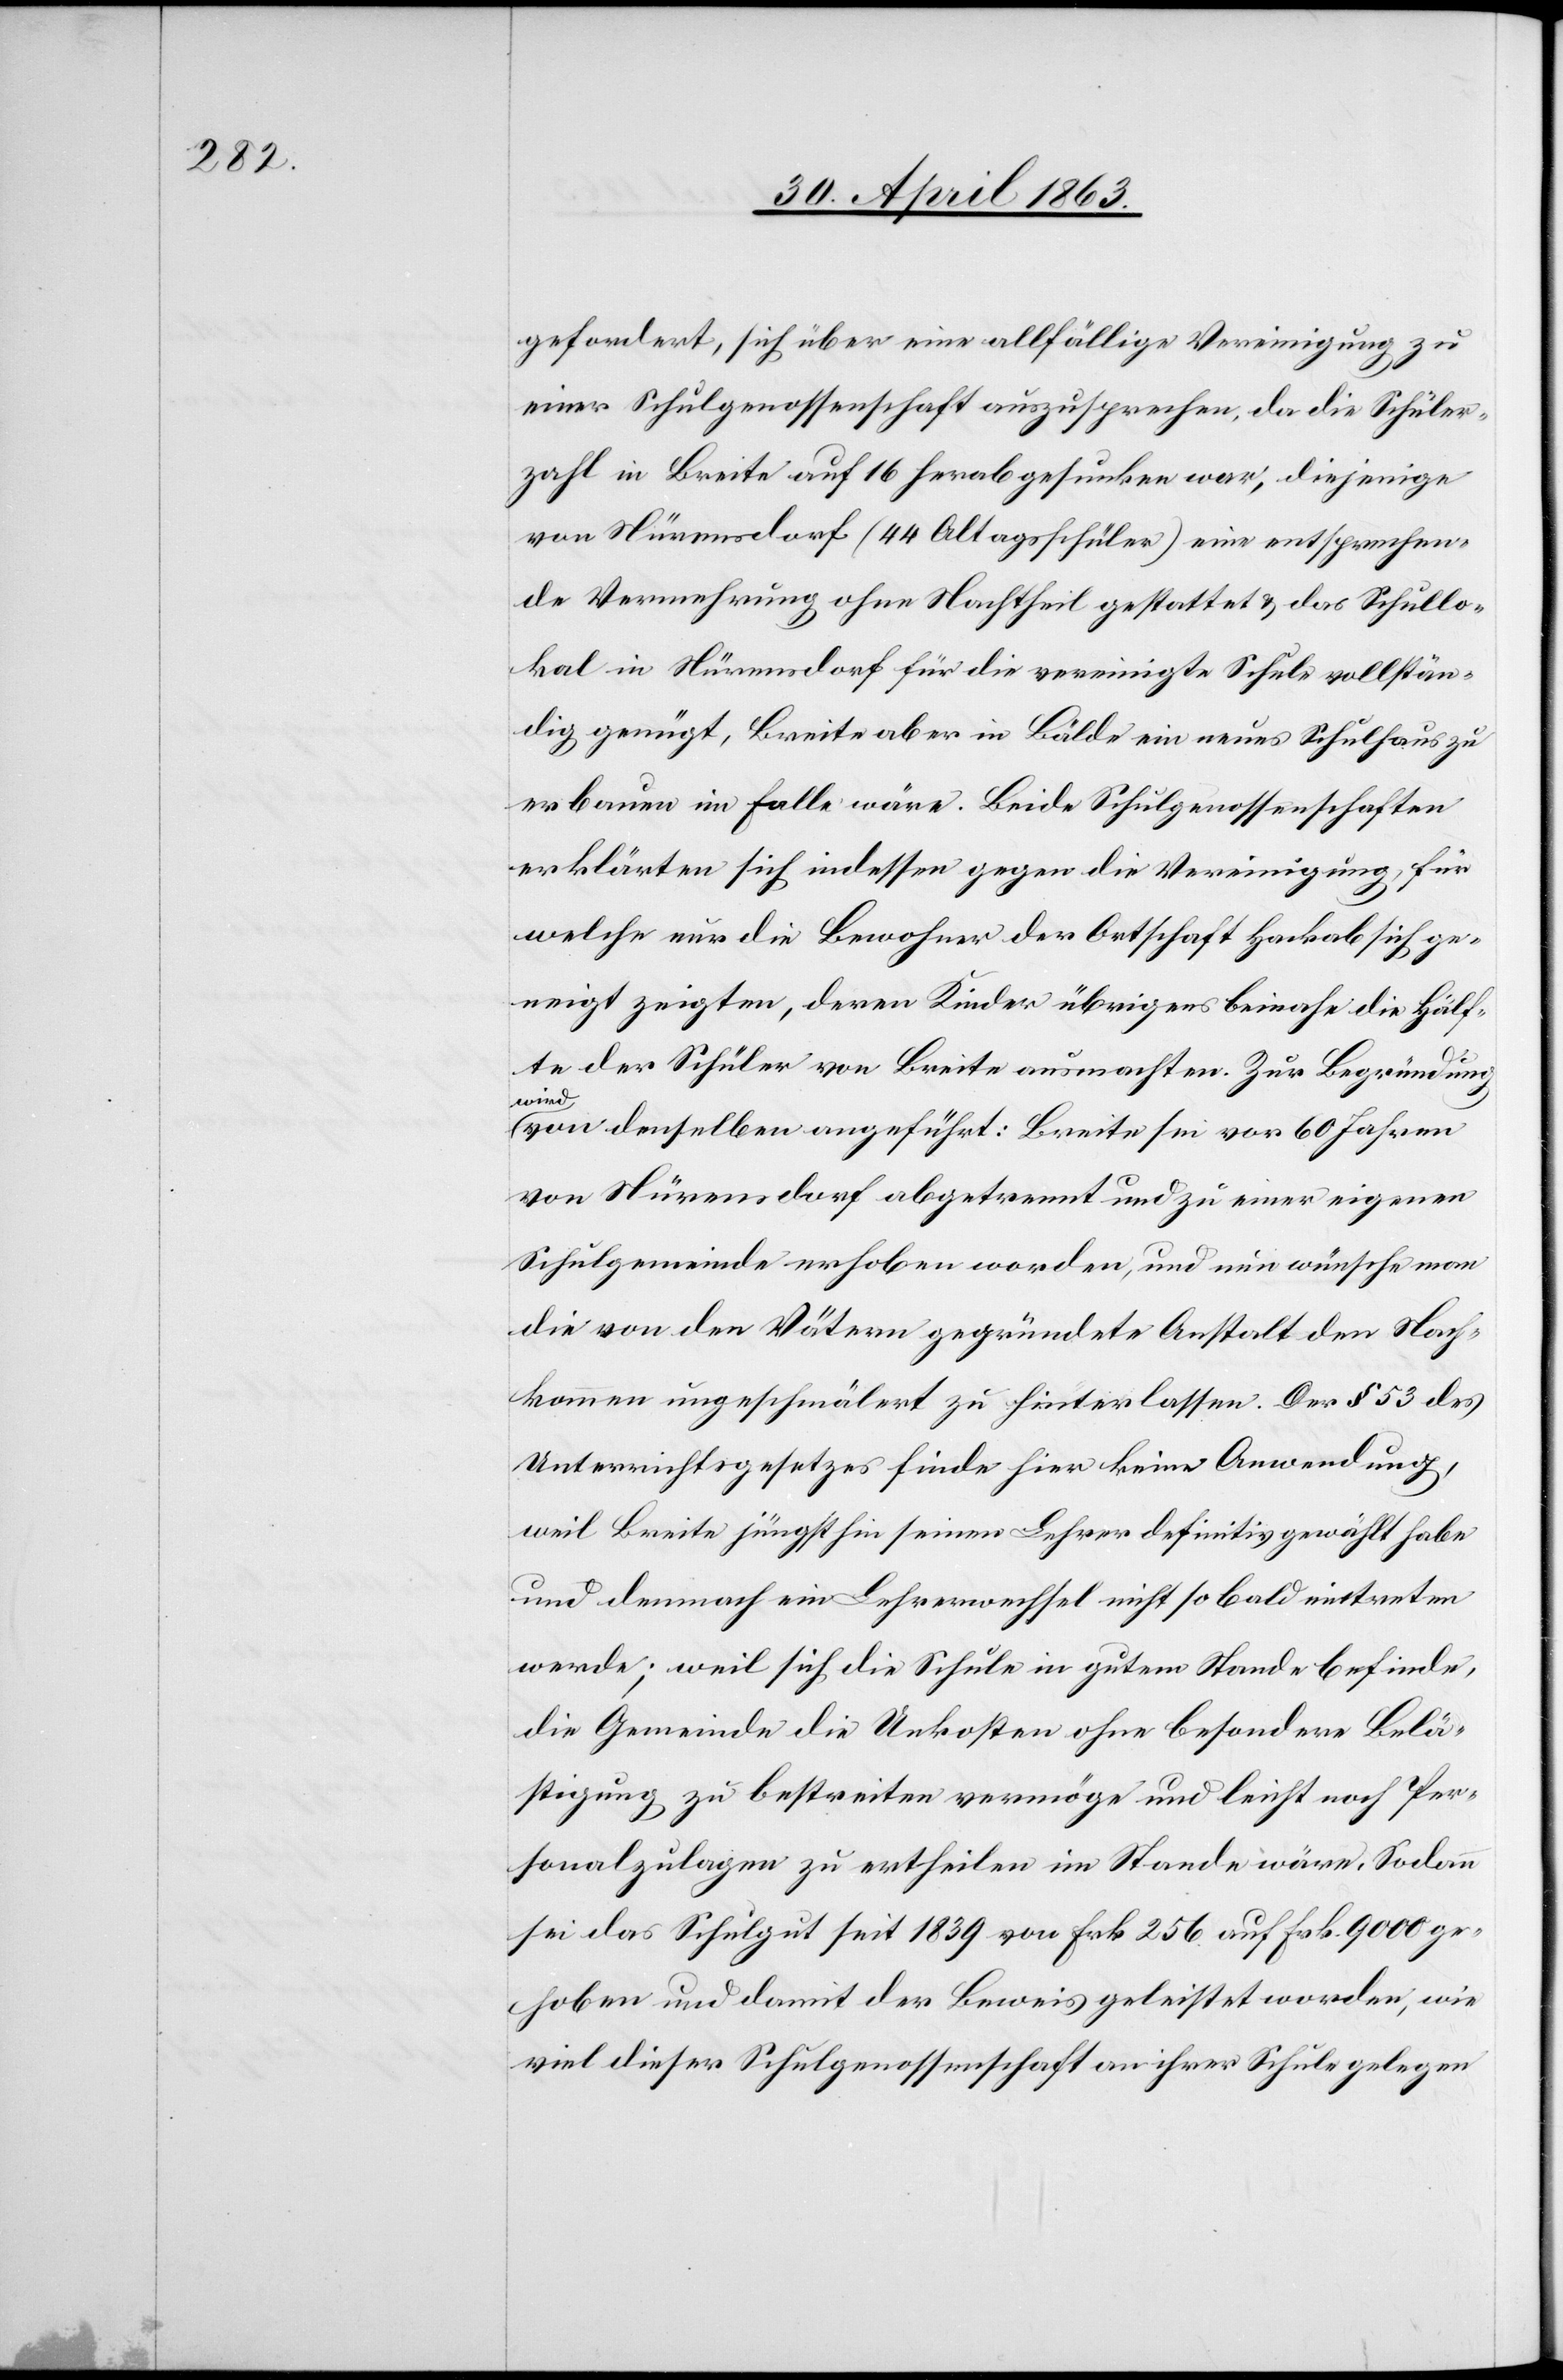
gefordert, sich über eine allfällige Vereinigung zu
einer Schulgenossenschaft auszusprechen, da die Schüler¬
zahl in Breite auf 16 herabgesunken war, diejenige
von Nürensdorf (44 Altagsschüler [sic!]) eine entsprechen¬
de Vermehrung ohne Nachtheil gestattet & das Schullo¬
kal in Nürensdorf für die vereinigte Schule vollstän¬
dig genügt, Breite aber in Bälde ein neues Schulhaus zu
erbauen im Falle wäre. Beide Schulgenossenschaften
erklärten sich indessen gegen die Vereinigung, für
welche nur die Bewohner der Ortschaft Hackab sich ge¬
neigt zeigten, deren Kinder übrigens beinahe die Hälf¬
te der Schüler von Breite ausmachten. Zur Begründung
wird
von denselben angeführt: Breite sei vor 60 Jahren
von Nürensdorf abgetrennt und zu einer eigenen
Schulgemeinde erhoben worden, und nun wünsche man
die von den Vätern gegründete Anstalt den Nach¬
kommen ungeschmälert zu hinterlassen. Der § 53 des
Unterrichtsgesetzes finde hier keine Anwendung,
weil Breite jüngsthin seinen Lehrer definitiv gewählt habe
und demnach ein Lehrerwechsel nicht so bald eintreten
werde; weil sich die Schule in gutem Stande befinde,
die Gemeinde die Unkosten ohne besondere Belä¬
stigung zu bestreiten vermöge und leicht noch Per¬
sonalzulagen zu ertheilen im Stande wäre. Sodann
sei das Schulgut seit 1839 von Frk. 256 auf Frk. 9000 ge¬
hoben und damit der Beweis geleistet worden, wie
viel dieser Schulgenossenschaft an ihrer Schule gelegen